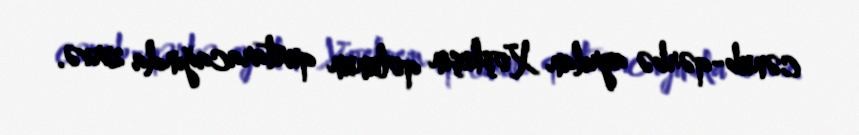
cənub-qərbə ayrılan Xoşkeşin qolunun qurtaracağında zirvə.